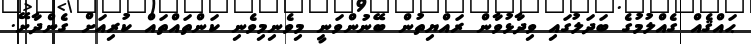
ޙައްޤެއް ގެއްލުމުގެ ބަދަލުގައި ވިދާޅުވާން ރައްޔިތުން ބޭނުންވަނީ މިވެނިމިވެނި ކަންތައްތައް ކުރިއަށް ގެންދާށޭ.